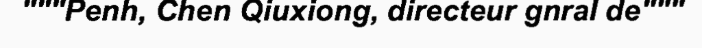
"""Penh, Chen Qiuxiong, directeur gnral de"""